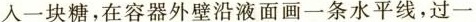
入一块糖，在容器外壁沿液面画一条水平线，过一